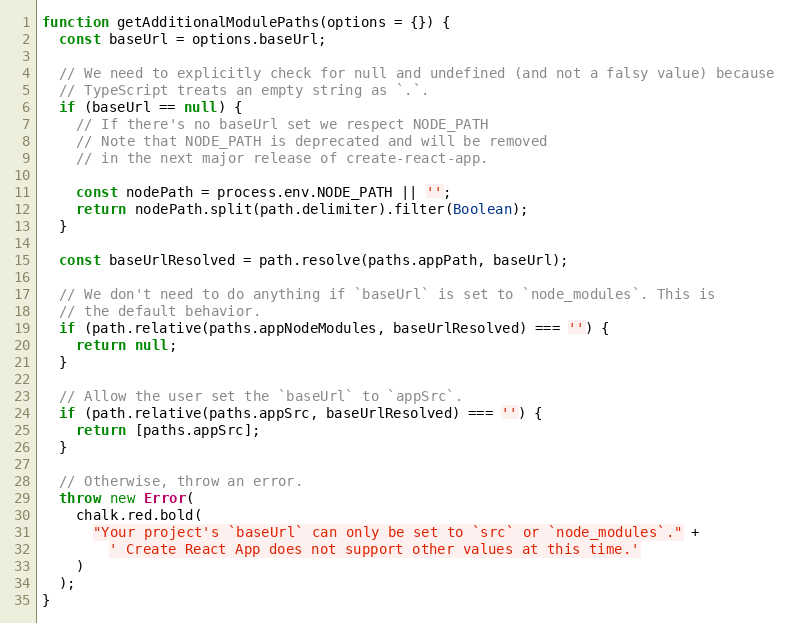
Language: JavaScript
function getAdditionalModulePaths(options = {}) {
  const baseUrl = options.baseUrl;

  // We need to explicitly check for null and undefined (and not a falsy value) because
  // TypeScript treats an empty string as `.`.
  if (baseUrl == null) {
    // If there's no baseUrl set we respect NODE_PATH
    // Note that NODE_PATH is deprecated and will be removed
    // in the next major release of create-react-app.

    const nodePath = process.env.NODE_PATH || '';
    return nodePath.split(path.delimiter).filter(Boolean);
  }

  const baseUrlResolved = path.resolve(paths.appPath, baseUrl);

  // We don't need to do anything if `baseUrl` is set to `node_modules`. This is
  // the default behavior.
  if (path.relative(paths.appNodeModules, baseUrlResolved) === '') {
    return null;
  }

  // Allow the user set the `baseUrl` to `appSrc`.
  if (path.relative(paths.appSrc, baseUrlResolved) === '') {
    return [paths.appSrc];
  }

  // Otherwise, throw an error.
  throw new Error(
    chalk.red.bold(
      "Your project's `baseUrl` can only be set to `src` or `node_modules`." +
        ' Create React App does not support other values at this time.'
    )
  );
}